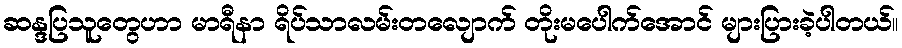
ဆန္ဒပြသူတွေဟာ မာရီနာ ရိပ်သာလမ်းတလျောက် တိုးမပေါက်အောင် များပြားခဲ့ပါတယ်။